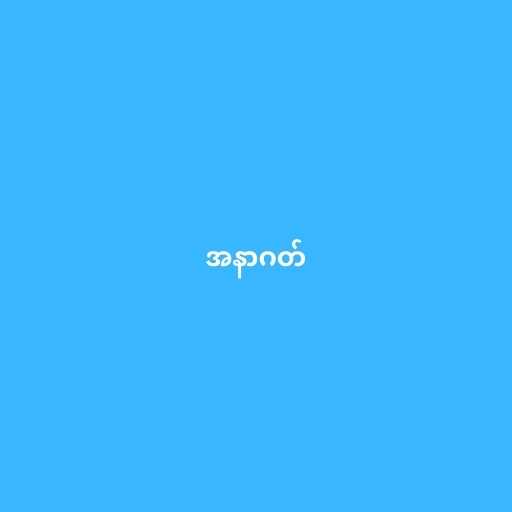
အနာဂတ်